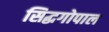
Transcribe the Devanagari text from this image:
सिद्धगोपाल